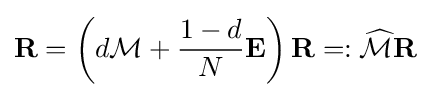
\mathbf {R} =\left(d{\mathcal {M}}+{\frac {1-d}{N}}\mathbf {E} \right)\mathbf {R} =:{\widehat {\mathcal {M}}}\mathbf {R}